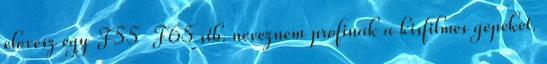
elovesz egy F55 F65 stb. neveznem profinak a kisfilmes gepeket.